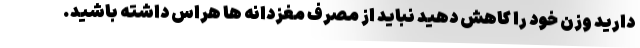
دارید وزن خود را کاهش دهید نباید از مصرف مغزدانه ها هراس داشته باشید.